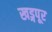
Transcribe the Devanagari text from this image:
खड्गपूर